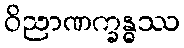
ဝိညာဏက္ခန္ဓဿ